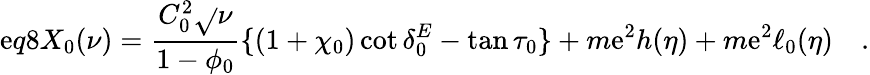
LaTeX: \mathrm{e}q8X_{0}(\nu)=\frac{{C_{0}^{2}\sqrt{}{{\nu}}}}{{1-\phi_{0}}}\{ (1+\chi_{0})\cot\delta_{0}^{E}-\tan\tau_{0}\} +m\mathrm{e}^{2}h(\eta)+m\mathrm{e}^{2}\ell_{0}(\eta)\quad.